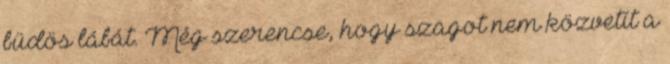
büdös lábát. Még szerencse, hogy szagot nem közvetít a